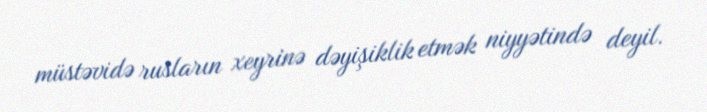
müstəvidə rusların xeyrinə dəyişiklik etmək niyyətində deyil.